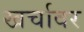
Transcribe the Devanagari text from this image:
खर्चावर